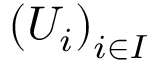
\left( U _ { i } \right) _ { i \in I }